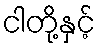
ငါတို့နှင့်